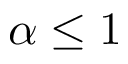
\alpha \leq 1